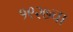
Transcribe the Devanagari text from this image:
१९२७चा